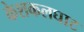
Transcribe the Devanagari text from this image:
केशकलघाट